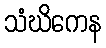
သံဃိကေန